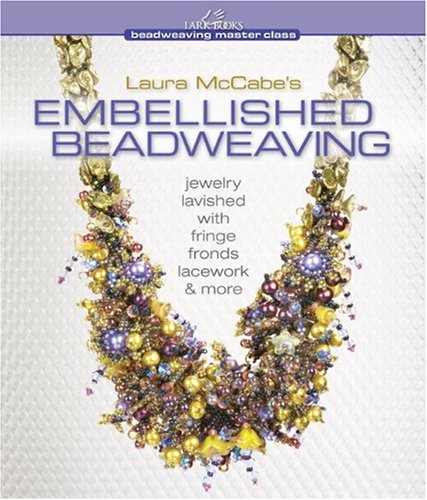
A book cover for Laura McCabe's Embellished Beadweaving: Jewelry Lavished with Fringe, Fronds, Lacework & More (Beadweaving Master Class Series); Laura McCabe; Crafts, Hobbies & Home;